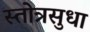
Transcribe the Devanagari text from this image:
स्तोत्रसुधा